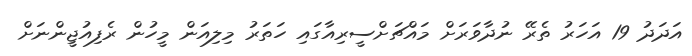
އަދަދު 19 އަހަރު ތެރޭ ނުދާވަރަށް މައްޗަށްސީރިއާގައި ހަތަރު މިލިއަން މީހުން ރެފިއުޖީންނަށް